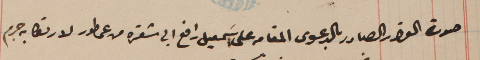
صورة القرار الصادر بالدعوى المقامه على اسَمعيل رافع ابي شقره من عمطور لارتكابه جرم